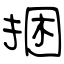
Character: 捆